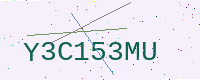
Text: Y3C153MU